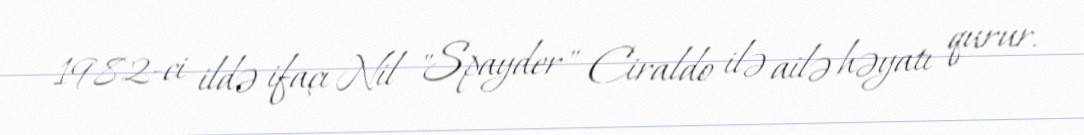
1982-ci ildə ifaçı Nil "Spayder" Ciraldo ilə ailə həyatı qurur.